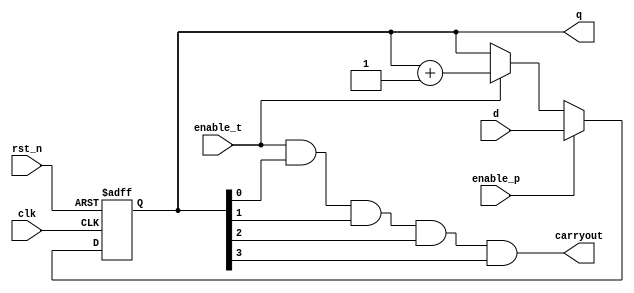
module ic74als161 (
	input clk,    	// Clock (rising) (2) 
	input rst_n,  	// Asynchronous reset active low (1) 
	input enable_p, // Load (7) 
	input enable_t, // Count increment (10)  
	input[3:0] d,	// Data input (3,4,5,6)
	output[3:0] q,	// Outputs (14,13,12,11) 
	output carryout	// Carry out (15)
);

always @(posedge clk or negedge rst_n) begin : proc_counter
	if(~rst_n) begin
		q <= 0;
	end else begin
		if (enable_p) begin
			q <= d;
		end else if (enable_t) begin 
			q <= q + 1;
		end else begin
			q <= q;
		end
	end
end

assign carryout = enable_t & q[0] & q[1] & q[2] & q[3];

endmodule